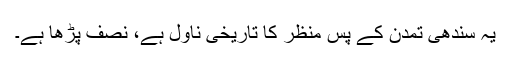
یہ سندھی تمدن کے پس منظر کا تاریخی ناول ہے، نصف پڑھا ہے۔